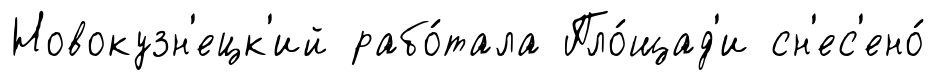
Новокузн'ецк'ий рабо́тала Пло́щад'и сн'ес'ено́